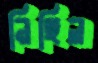
নিছিল